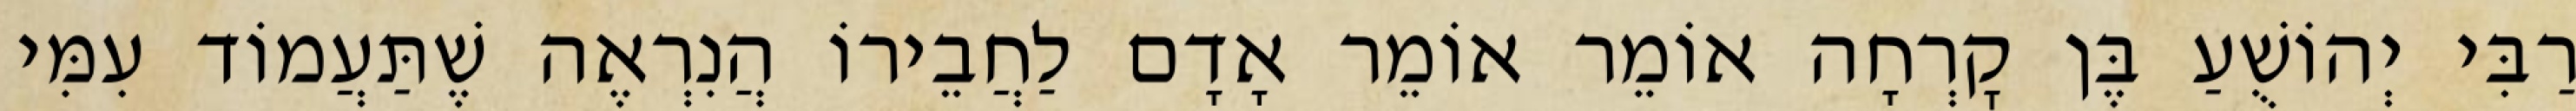
רַבִּי יְהוֹשֻׁעַ בֶּן קׇרְחָה אוֹמֵר אוֹמֵר אָדָם לַחֲבֵירוֹ הֲנִרְאֶה שֶׁתַּעֲמוֹד עִמִּי